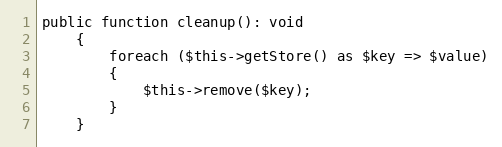
Language: PHP
public function cleanup(): void
    {
        foreach ($this->getStore() as $key => $value)
        {
            $this->remove($key);
        }
    }